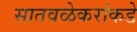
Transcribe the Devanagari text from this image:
सातवळेकरांकडे